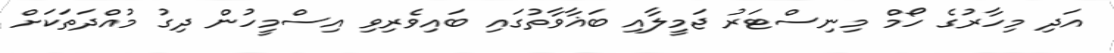
އަދި މިހާރުގެ ހޯމް މިނިސްޓަރު ޖަމީލާއި ބަޣާވާތުގައި ބައިވެރިވި އިސްމީހުން ދިގު މުއްދަތަކަށް